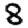
Digit: 8